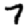
Digit: 7